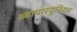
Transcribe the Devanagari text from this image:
व्यापारयूनियन